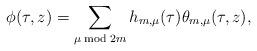
LaTeX: \begin{align*}\phi(\tau,z) = \sum_{\mu \bmod{2m}} h_{m,\mu}(\tau)\theta_{m,\mu}(\tau,z),\end{align*}